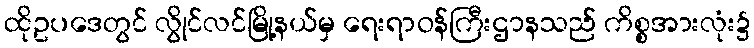
ထိုဥပဒေတွင် လွိုင်လင်မြို့နယ်မှ ရေးရာဝန်ကြီးဌာနသည် ကိစ္စအားလုံး၌